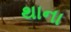
થાના